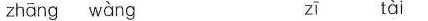
zhāng wàng zī tài